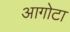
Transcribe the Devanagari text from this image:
आगोटा